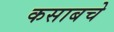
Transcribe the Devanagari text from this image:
कसाबचे